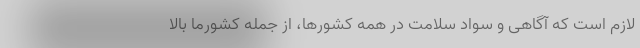
لازم است که آگاهی و سواد سلامت در همه کشورها، از جمله کشورما بالا